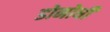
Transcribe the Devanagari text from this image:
डोनोघी